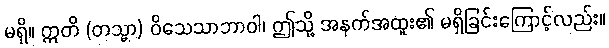
မရှိ။ ဣတိ (တသ္မာ) ဝိသေသာဘာဝါ၊ ဤသို့ အနက်အထူး၏ မရှိခြင်းကြောင့်လည်း။